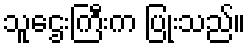
သူဌေးကြီးက ပြုံးသည်။